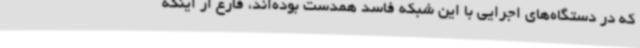
که در دستگاه‌های اجرایی با این شبکه فاسد همدست بوده‌اند، فارغ از اینکه